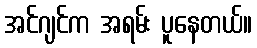
အင်ဂျင်က အရမ်း ပူနေတယ်။